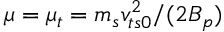
\mu = \mu _ { t } = m _ { s } v _ { t s 0 } ^ { 2 } / ( 2 \ensuremath { B _ { p } } )